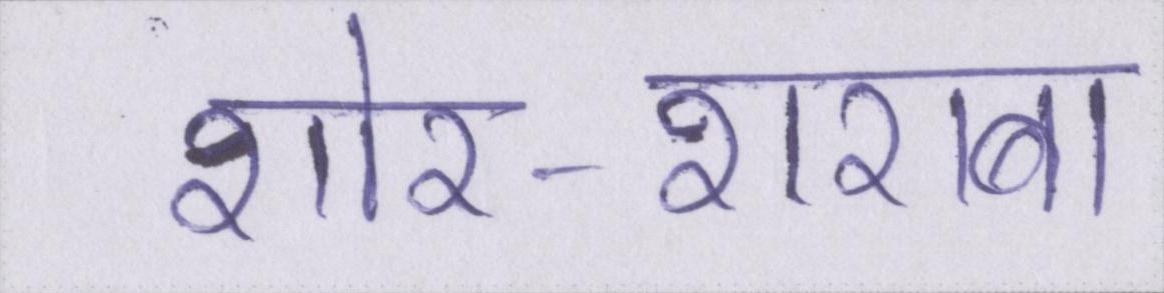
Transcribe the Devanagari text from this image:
शोर-शराबा